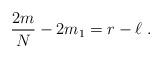
LaTeX: \begin{align*}{2m\over N} - 2m_1 =r-\ell \;.\end{align*}